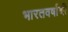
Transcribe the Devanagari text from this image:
भारतवर्षाची